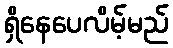
ရှိနေပေလိမ့်မည်